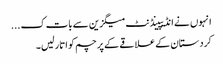
انہوں نے انڈیپینڈنٹ میگزین سے بات ک ...
کردستان کے علاقے کے پرچم کو اتار لیں۔